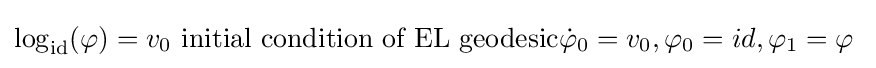
\log _{\rm {id}}(\varphi )=v_{0}\ {\text{initial condition of EL geodesic}}{\dot {\varphi }}_{0}=v_{0},\varphi _{0}=id,\varphi _{1}=\varphi \